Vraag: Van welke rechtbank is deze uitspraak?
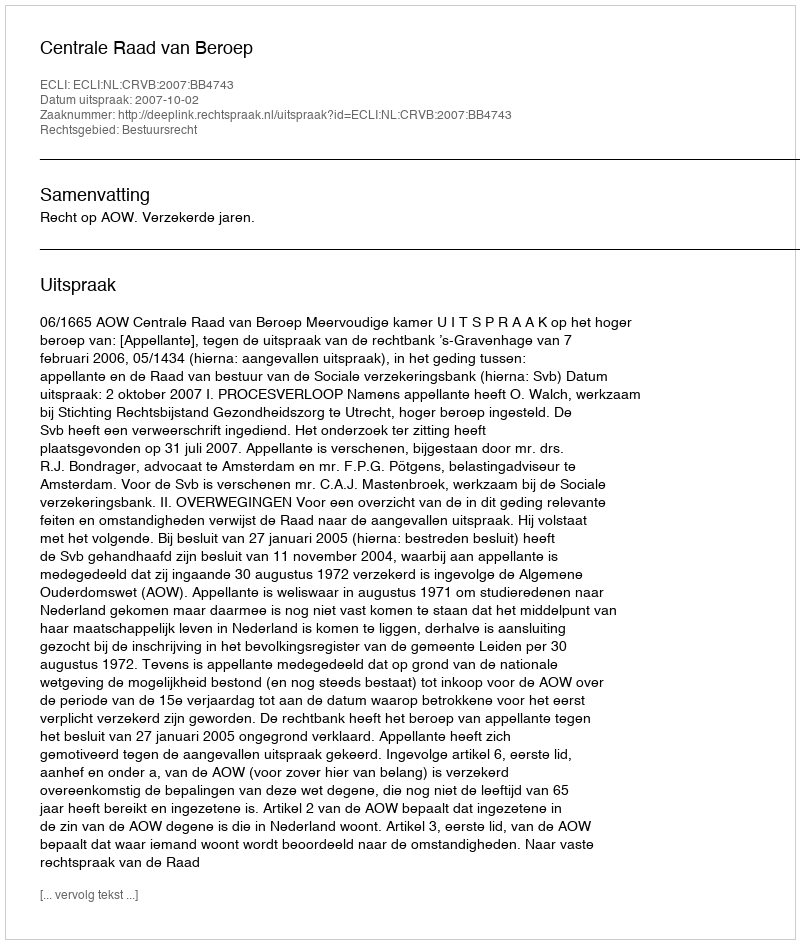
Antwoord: Centrale Raad van Beroep